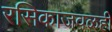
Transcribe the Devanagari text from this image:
रसिकाजवळही